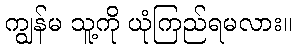
ကျွန်မ သူ့ကို ယုံကြည်ရမလား။